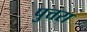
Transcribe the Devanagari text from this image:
पुत्तरा